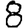
Digit: 8